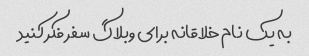
به یک نام خلاقانه برای وبلاگ سفر فکر کنید